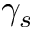
\gamma _ { s }